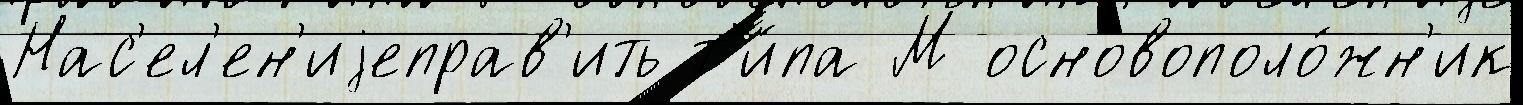
Нас'ел'ен'иjеправ'ить т'и́па М основополо́жн'ик